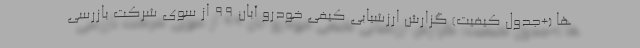
ها (+جدول کیفیت) گزارش ارزشیابی کیفی خودرو آبان ۹۹ از سوی شرکت بازرسی